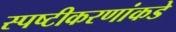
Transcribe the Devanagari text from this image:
स्पष्टीकरणांकडे